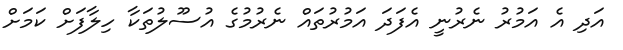
އަދި އެ އަމުރު ނެރުނީ އެފަދަ އަމުރުތައް ނެރުުމުގެ އުސޫލުތަކާ ހިލާފަށް ކަމަށް